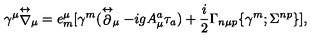
\gamma ^ { \mu } { \stackrel { \leftrightarrow } { \nabla } } _ { \mu } = e _ { m } ^ { \mu } [ \gamma ^ { m } ( \stackrel { \leftrightarrow } { \partial } _ { \mu } - i g A _ { \mu } ^ { a } \tau _ { a } ) + { \frac { i } { 2 } } \Gamma _ { n \mu p } \{ \gamma ^ { m } ; \Sigma ^ { n p } \} ] ,